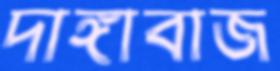
দাঙ্গাবাজ